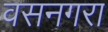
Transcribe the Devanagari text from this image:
वसनगरा